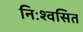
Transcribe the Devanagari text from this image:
निःश्वसित